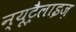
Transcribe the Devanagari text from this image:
न्यूट्रैलाइज़